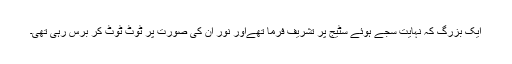
ایک بزرگ کہ نہایت سجے ہوئے سٹیج پر تشریف فرما تھےاور نور ان کی صورت پر ٹوٹ ٹوٹ کر برس رہی تھی۔